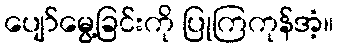
ပျော်မွေ့ခြင်းကို ပြုကြကုန်အံ့။